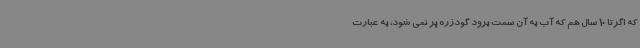
که اگرتا 10 سال هم که آب به آن سمت برود گودزره پر نمی شود، به عبارت